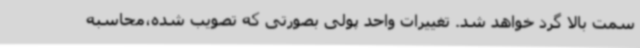
سمت بالا گرد خواهد شد. تغییرات واحد پولی بصورتی که تصویب شده،محاسبه